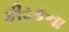
કીટકના